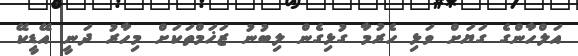
އަލްހާންގެ ގަޔަށް ވަޅި ހެރުމާ ގުޅިގެން ލިބުނު ޒަޚަމްތަކަށް މިހާރު ދަނީ އޭޑީކޭ